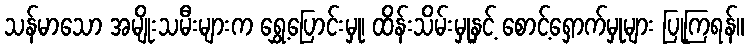
သန်မာသော အမျိုးသမီးများက ရွှေ့ပြောင်းမှု၊ ထိန်းသိမ်းမှုနှင့် စောင့်ရှောက်မှုများ ပြုကြရန်။